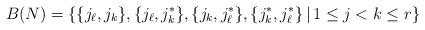
LaTeX: \begin{align*}B(N) = \left\{ \{j_\ell, j_k\}, \{j_\ell, j_k^*\}, \{j_k, j_\ell^*\}, \{j_k^*, j_\ell^*\} \,|\, 1\le j<k\le r\right\}\end{align*}